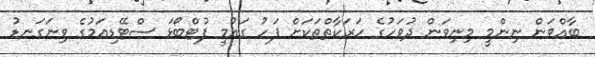
ބާއްވަން ނިންމީ މިނިވަން ދުވަހުގެ ހަރަކާތްތަކަށް ފަހު ގައުމީ ފުޓްބޯޅަ ސްޓޭޑިއަމުގެ ވިނަގަނޑު